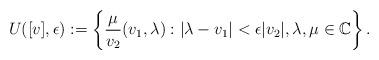
LaTeX: \begin{align*} U([v],\epsilon):=\left\{\frac{\mu}{v_2}(v_1,\lambda):|\lambda-v_1|<\epsilon|v_2|,\lambda, \mu\in\mathbb C\right\}. \end{align*}